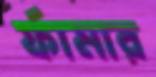
র্ফামার